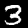
Digit: 3